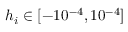
h _ { i } \in [ - 1 0 ^ { - 4 } , 1 0 ^ { - 4 } ]